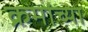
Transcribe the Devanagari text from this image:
क्रमांच्या